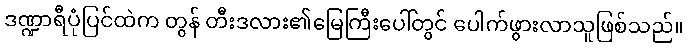
ဒဏ္ဍာရီပုံပြင်ထဲက တွန် တီးဒလား၏မြေကြီးပေါ်တွင် ပေါက်ဖွားလာသူဖြစ်သည်။